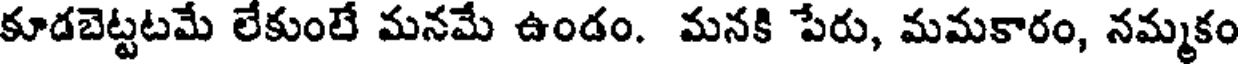
కూడబెట్టటమే లేకుంలే మనమే ఉండం. మనకి పేరు, మమకారం, నమ్మకం